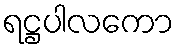
ရဋ္ဌပါလကော